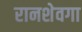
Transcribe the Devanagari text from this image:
रानशेवगा